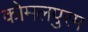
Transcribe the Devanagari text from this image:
कोमलपुरम